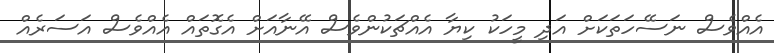
އެއްވެސް ނަސޭހަތަކަށް އަދި މީހަކު ކިޔާ އެއްޗަކުންވެސް އޭނާއަށް އެގޮތައް އެއްވެސް އަސަރެއް